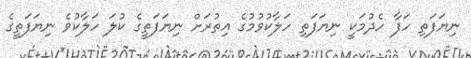
ނިޔަފަތި ހަފާ ހެދުމަކީ ނިޔަފަތި ހަލާކުވުމުގެ އިތުރަށް ނިޔަފަތީގެ ކުލަ ހަލާކުވެ ނިޔަފަތީގެ